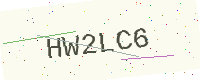
Text: HW2LC6